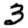
Digit: 3